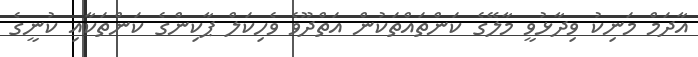
އާދަމް މަނިކު ވިދާޅުވީ މާލޭގެ ކަންތައްތަކުން އަތްދޫވެ ވެހިކަލް ޕާކިންގެ ކަންތަކާއި ކުނީގެ